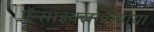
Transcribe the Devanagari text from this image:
ऍन्साइक्लोपीडीया